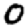
Digit: 0